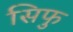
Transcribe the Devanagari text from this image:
सिफु